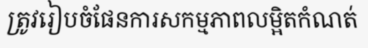
ត្រូវរៀបចំផែនការសកម្មភាពលម្អិតកំណត់